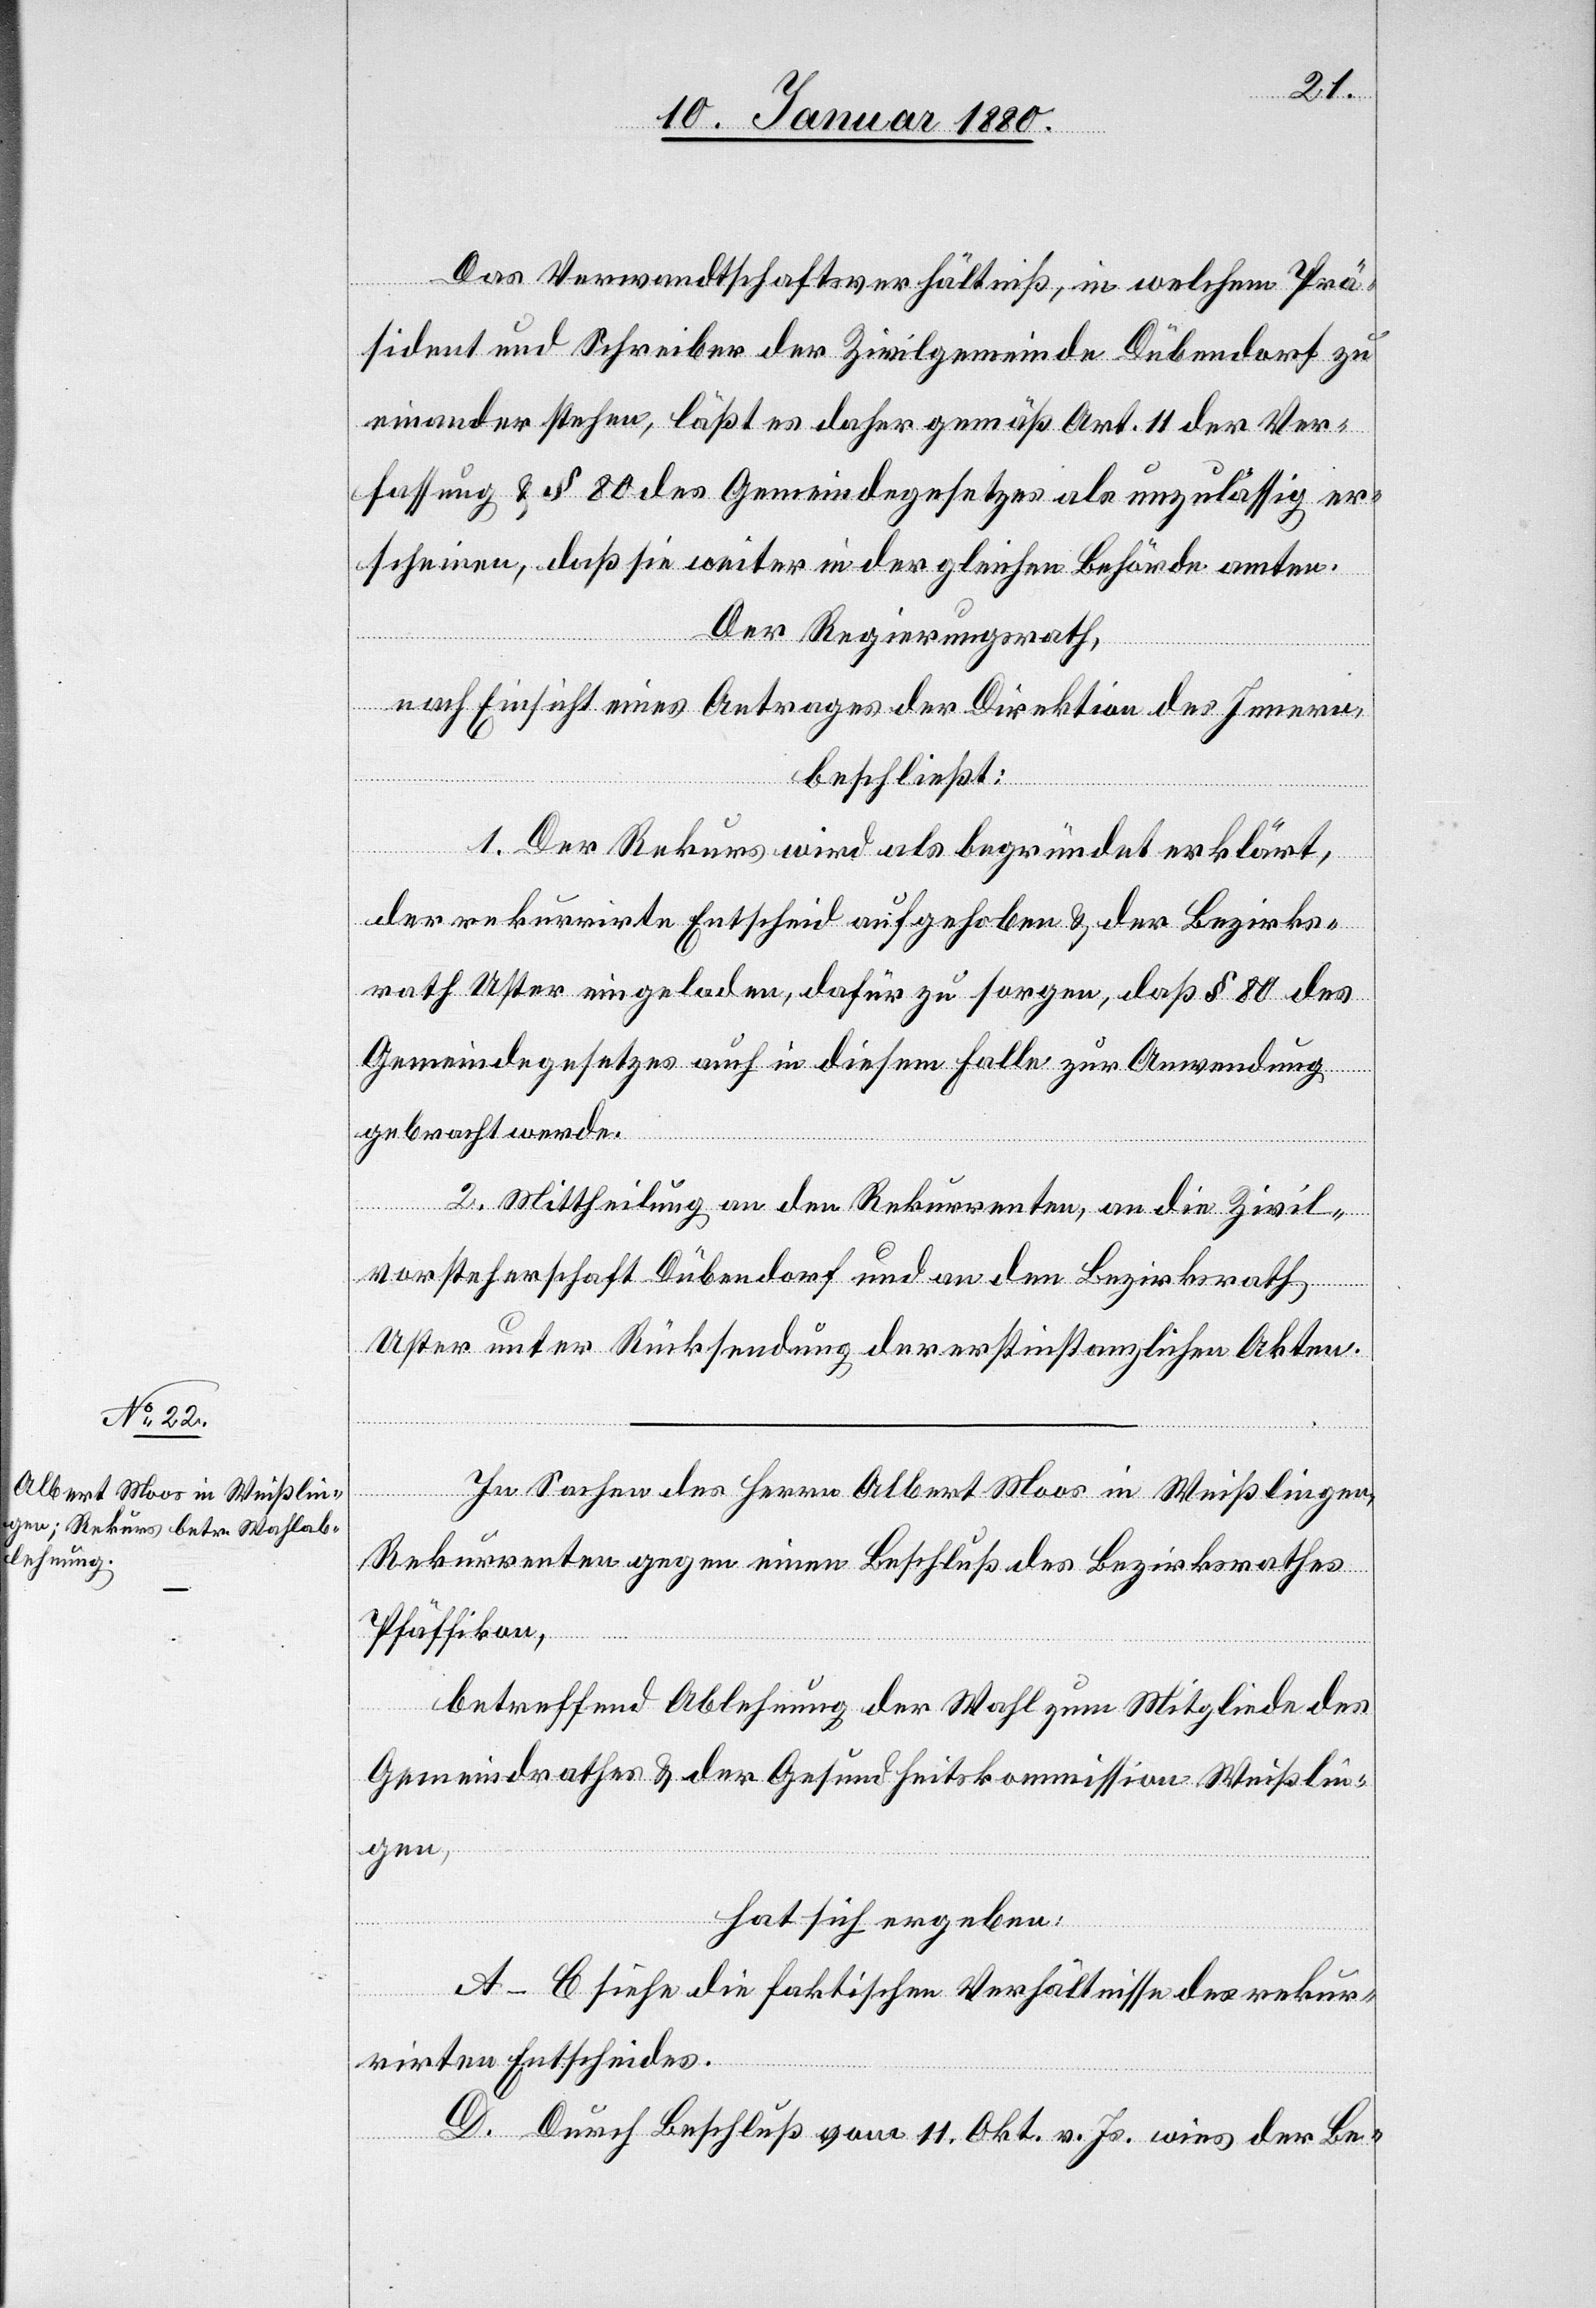
Das Verwandtschaftsverhältniß, in welchem Prä¬
sident und Schreiber der Zivilgemeinde Dübendorf zu
einander stehen, läßt es daher gemäß Art. 11 der Ver¬
fassung & § 80 des Gemeindegesetzes als unzulässig er¬
scheinen, daß sie weiter in der gleichen Behörde amten.
Der Regierungsrath,
nach Einsicht eines Antrages der Direktion des Innern,
beschließt:
1. Der Rekurs wird als begründet erklärt,
der rekurrirte Entscheid aufgehoben & der Bezirks¬
rath Uster eingeladen, dafür zu sorgen, daß § 80 des
Gemeindegesetzes auch in diesem Falle zur Anwendung
gebracht werde.
2. Mittheilung an den Rekurrenten, an die Zivil¬
vorsteherschaft Dübendorf und an den Bezirksrath
Uster unter Rücksendung der erstinstanzlichen Akten.
In Sachen des Herrn Albert Moos in Weißlingen,
Rekurrenten gegen einen Beschluß des Bezirksrathes
Pfäffikon,
betreffend Ablehnung der Wahl zum Mitgliede des
Gemeindrathes & der Gesundheitskommission Weißlin¬
gen,
hat sich ergeben:
A–C siehe die faktischen Verhältnisse des rekur¬
rirten Entscheides.
D. Durch Beschluß vom 11. Okt. v. Js. wies der Be-